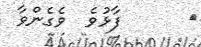
١      ފާޅުވެ  ވެގެންވާ